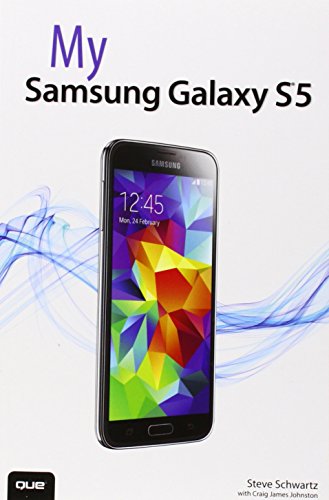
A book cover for My Samsung Galaxy S5; Steve Schwartz; Computers & Technology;